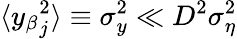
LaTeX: \langle{y_{\beta}}_{j}^{2}\rangle\equiv\sigma_{y}^{2}\ll D^{2}\sigma_{\eta}^{2}